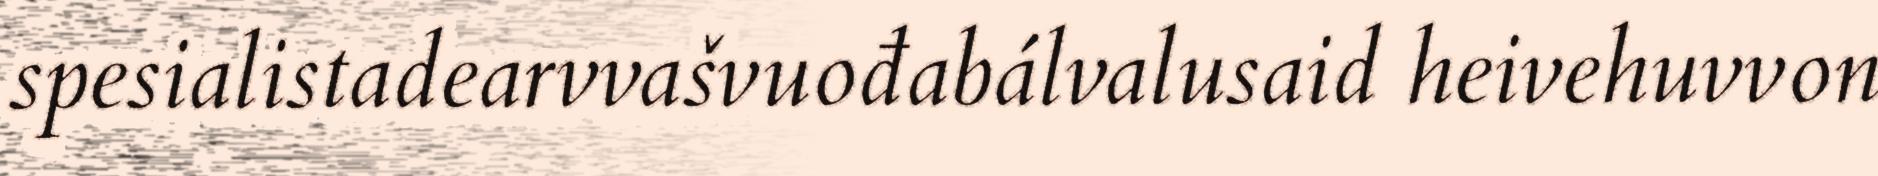
spesialistadearvvašvuođabálvalusaid heivehuvvon